Vaccination in Burma 1900-1911 - 1900-1911
Year: 1900
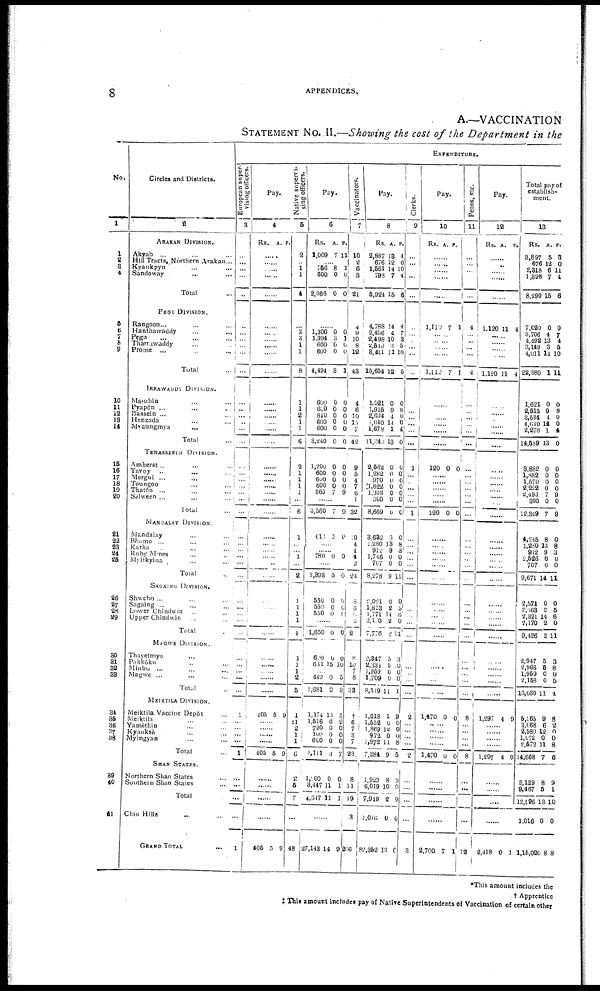
8
APPENDICES.
A.—VACCINATION
STATEMENT No. II.—Showing the cost of the Department in the
No.
1
1
2
3
4
5
6
7
8
9
10
11
12
13
14
15
16
17
18
19
20
21
22
23
24
25
26
27
28
29
30
31
32
33
34
35
36
37
38
39
40
41
Circles and Districts.
2
ARAKAN DIVISION.
Akyab... ... ...
Hill Tract,Northan Arakan... ...
Kyaukpyu... ... ...
Sandoway... ... ...
Total...
PEGU DIVISION.
Rangoon... ... ...
Hanthawaddy... ... ...
Pegu... ... ...
Tharrawaddy... ... ...
Prome... ... ...
Total...
IRRAWADDY DIVISION.
Ma-ubin... ... ...
Pyapôn... ... ...
Bassein... ... ...
Henzada... ... ...
Myaungmya... ... ...
Total...
TENASSERIM DIVISION.
Amherst ... ... ... ...
Tavoy ... ... ...
Mergui ... ... ...
Toungoo... ... ...
Thatôn ... ... ...
Salween ... ... ...
Total...
MANDALAY DIVISION.
Mandalay... ... ...
Bhamo... ...
Katha... ...
Kuby Mines... ...
Myitkyina... ...
Total...
SAGAING DIVISION.
Shwebo... ... ...
Sagaing ... ... ...
Lower Chindwin... ...
Upper Chindwin... ...
Total...
MAGWE DIVISION.
Thayetmyo... ... ...
Pakkôku... ... ...
Minbu ... ... ...
Magwe ... ... ...
Total...
MEIKTILA DIVISION.
Meiktila Vaccine Depôt... ...
Meiktila... ...
Yamèthin... ...
Kyauksè... ... ...
Myingyan... ... ...
Total...
SHAN STATES.
Northern Shan States...
Southern Shan States...
Total...
Chin Hills...
GRAND
TOTAL...
EXPENDITURE.
European super-
rising officers.
3
......
......
......
......
......
......
......
......
......
......
......
......
......
......
......
......
......
......
......
......
......
......
......
......
......
......
......
......
......
......
......
......
......
......
......
......
......
......
......
......
1
......
......
......
......
1
......
......
......
......
1
Pay.
4
Rs. A. P.
......
......
......
......
......
......
......
......
......
......
......
......
......
......
......
......
......
......
......
......
......
......
......
......
......
......
......
......
......
......
......
......
......
......
......
......
......
......
......
......
405 5 9
......
......
......
......
405 5 9
......
......
......
......
405 5 9
Native supervi-
sing officers.
5
2
......
1
1
4
......
3
3
1
1
8
1
1
2
1
1
6
2
1
1
1
1
...
6
1
......
......
1
......
2
1
1
1
1
4
1
1
1
2
5
1
‡1
2
1
1
6
2
5
7
......
48
Pay.
6
Rs.
1,009
A.
7
P.
11
......
756
600
2,366
8
0
0
1
0
0
......
1,300
1,994
600
600
4,494
600
600
840
600
600
3,240
1,200
600
600
600
560
0
3
0
0
3
0
0
0
0
0
0
0
0
0
0
7
0
1
0
0
1
0
0
0
0
0
0
0
0
0
0
9
......
3,560
613
7
5
9
0
......
......
780 0 0
......
1,393
550
550
550
5
0
0
0
0
0
0
0
......
1,650
600
631
0
0
15
0
0
10
......
449
1,681
1,174
1,516
720
100
600
4,111
1,000
3,447
4,647
0
0
13
6
0
0
0
3
0
11
11
5
3
5
2
0
0 0
7
0
1
1
......
27,143 14 9
Vaccinators.
7
10
2
6
3
21
!
4
9
10
8
12
43
4
6
10
13
7
42
9
5
4
7
6
1
32
10
4
4
4
2
24
8
6
6 6
2
8
10
7
8
38
†
6
7
3
7
23
8
11
19
3
256
Pay.
8
Rs.
2,887
676
1,561
798
6,924
4,788
2,406
2,498
2,519
3,411
15,654
1,021
1,916
2,694
1,040
1,678
1,249
2,562
1,282
970
3,622
1,938
300
8,669
3,632
1,280
912
1,746
707
8,278
2,021
1,813
1,771
2,100
7,776
2,847
2,334
1,969
1,709
8,319
1,018
1,552
1,869
972
1,972
7,384
1,929
6,019
7,949
1,016
82,352
A.
13
12
14
7
15
14
4
10
3
11
12
0
9
4
14
1
13
0
0
0
0
0
0
0
3
13
9
0
0
9
0
2
14
2
2
5
5
0
0
11
1
0
12
0
11
9
8
10
2
0
13
P.
4
0
10
4
6
4
7
3
5
10
5
0
8
0
0
4
0
0
0
0
0
0
0
0
0
8
3
0
0
11
0
5
6 0
11
3
0
0 0
1
9
0
0
0
8
5
9
0
9
0
0
Clerks.
9
...
...
...
...
...
...
...
...
...
...
...
...
...
...
...
...
...
1
...
...
...
...
...
1
...
...
...
...
...
...
...
...
...
...
...
...
...
...
...
...
2
...
...
...
...
2
...
...
...
...
3
Pay.
10
Rs. A. P.
......
......
......
......
......
1,119 7 1
......
......
......
......
1,110 7 1
......
......
......
......
......
......
120 0 0
......
......
......
......
......
120 0 0
......
......
......
......
......
......
......
......
......
......
......
......
.....
......
......
......
1,470 0 0
......
......
......
......
1,470 0 0
......
......
......
......
2,700 7 1
Peons, etc.
11
......
......
......
......
......
4
......
......
......
......
4
......
......
......
......
......
......
......
......
......
......
......
......
...
......
......
......
......
......
......
......
......
......
......
......
......
......
......
......
......
8
......
......
......
......
8
......
......
......
......
12
Pay.
12
Rs. A. P.
...
...
...
...
...
1,120 11 4
...
...
...
...
1,120 11 4
...
...
...
...
...
...
...
...
...
...
...
...
...
...
...
...
...
...
...
...
...
...
...
...
...
...
...
...
...
1,297 4 9
...
...
...
...
1,297 4 9
...
...
...
...
2,418 0 1
Total pay of
establish-
ment.
13
Rs.
3,897
676
2,318
1,398
8,290
7,020
3,706
4,492
3,149
4,011
22,380
1,621
2,515
3,534
4,640
2,278
14,539
8,862
1,882
1,570
2,222
2,493
300
12,349
4,245
1,230
912
2,526
707
9,671
2,571
2,368
2,321
2,170
9,426
2,947
2,966
1,959
2,158
10,030
5,465
3,068
2,589
1,072
2,572
14,668
3,129
9,467
12,696
1,016
1,16,050
A.
5
12
6
7
15
0
4
13
3
11
1
0
9
4
14
1
13
0
0
0
0
7 0
7
8
13
9
0
0
14
0
2
14
2
2
5
5
0
0
11
9
6
12
0
11
7
8
5
13
0
8
P.
3
0
11
4
6
9
7
4
6
10
11
0
8 0
0
4
0
0
0
0
0
9
0
9
0
8
3
0
0
11
0
5
6
0
11
3
8
0
5
4
8
2
0
0
8
6
9
1
10
0
8
*This amount includes the
† Apprentice
‡ This amount includes pay of Native Superintendents of Vaccination of certain other